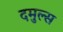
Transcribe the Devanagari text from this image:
दमुल्स